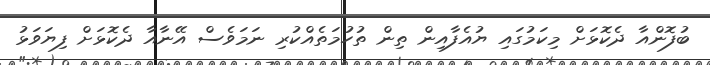
ބުފޮންއާ ދެކޮޅަށް މިކަމުގައި ޔުއެފާއިން ތިން ތުހުމަތެއްކުރި ނަމަވެސް އޭނާއާ ދެކޮޅަށް ފިޔަވަޅު